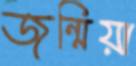
জন্মিয়া